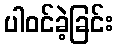
ပါဝင်ခဲ့ခြင်း